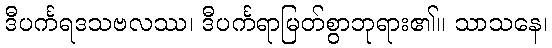
ဒီပင်္ကရဒသဗလဿ၊ ဒီပင်္ကရာမြတ်စွာဘုရား၏။ သာသနေ၊